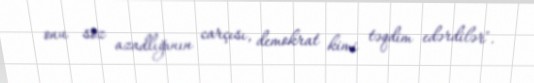
onu söz azadlığının carçısı, demokrat kimi təqdim edərdilər".